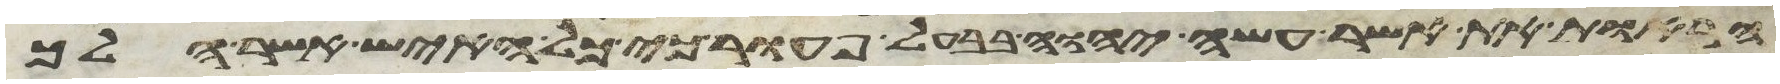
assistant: הראות את אשר עשה יהוה בבעל פעור כי כל האיש אשר הלך